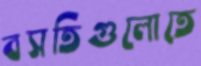
বসতিগুলোতে